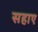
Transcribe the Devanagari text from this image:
सहाए